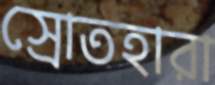
স্রোতহারা